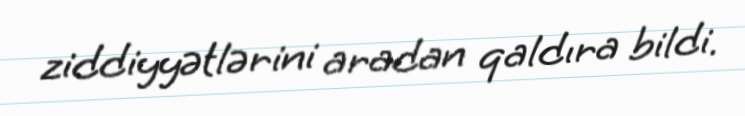
ziddiyyətlərini aradan qaldıra bildi.